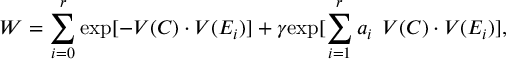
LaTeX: W = \sum _ { i = 0 } ^ { r } \mathrm { e x p } [ - V ( C ) \cdot V ( E _ { i } ) ] + \gamma \mathrm { e x p } [ \sum _ { i = 1 } ^ { r } a _ { i } \: \: V ( C ) \cdot V ( E _ { i } ) ] ,